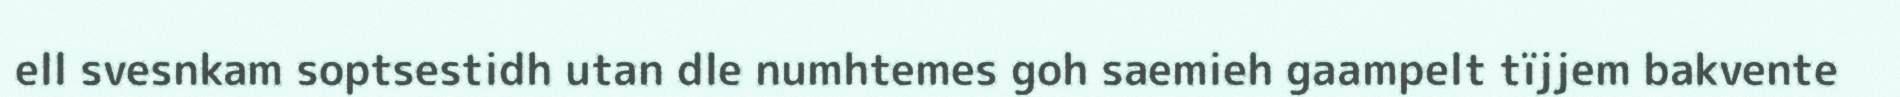
ell svesnkam soptsestidh utan dle numhtemes goh saemieh gaampelt tïjjem bakvente